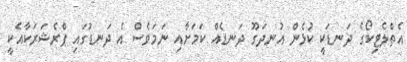
އެތްލެޓިކޯގެ ދަނޑަކީ ކުޅެން އުނދަގޫ ދަނޑެއް ކަމަށާއި ނަމަވެސް އެ ދަނޑުގައި ޕްރެޝަރަކާއެކީ